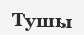
Тушы